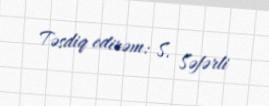
Təsdiq edirəm: S. Səfərli